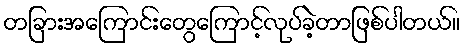
တခြားအကြောင်းတွေကြောင့်လုပ်ခဲ့တာဖြစ်ပါတယ်။